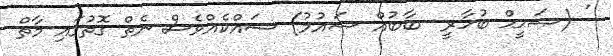
' (ޞަޙީޙް ބުޚާރީ  ބާބުއް ޞައުމު) ޝައްކެއްވެސް ނެތް ގޮތުގައި މާތް